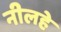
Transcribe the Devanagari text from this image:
नीलहे